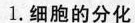
1.细胞的分化